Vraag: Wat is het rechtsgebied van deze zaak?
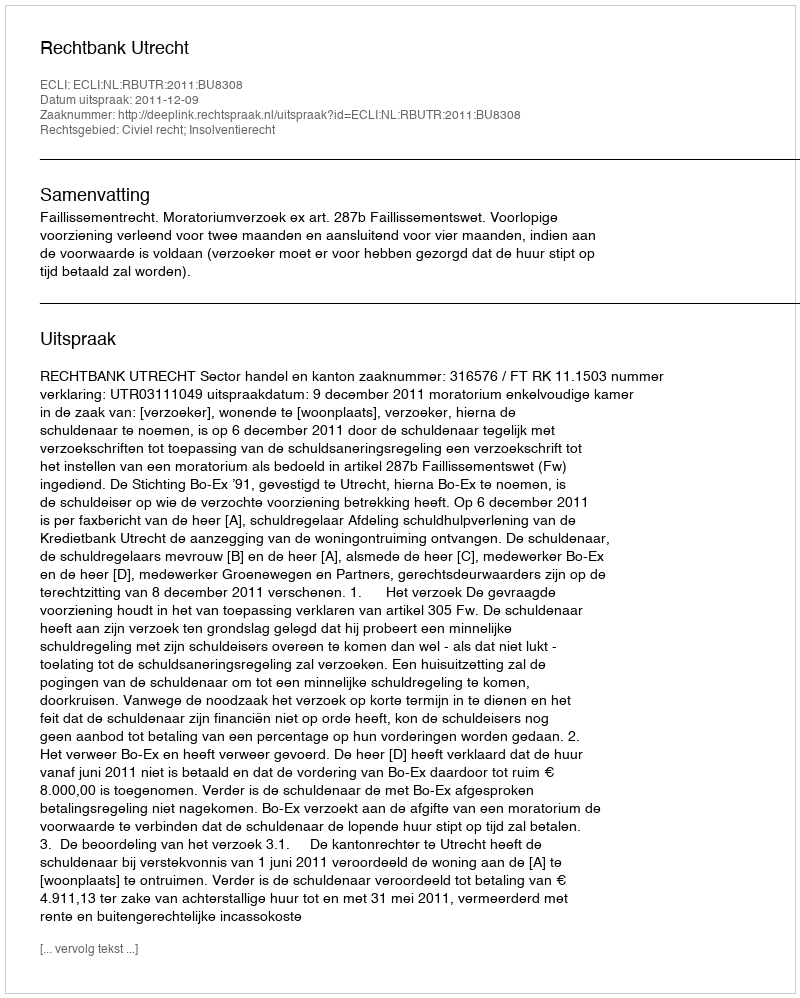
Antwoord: Civiel recht; Insolventierecht